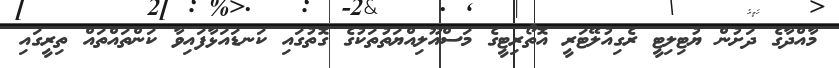
މާއްދާގެ ދަށުން ޔުޓިލިޓީ ރެގިއުލޭޓަރީ އޮތޯރިޓީގެ މަސްއޫލިއްޔަތުތަކުގެ ގޮތުގައި ކަނޑައަޅާފައިވާ ކަންތައްތައް ތިރީގައި